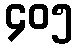
၄၀၅